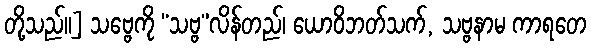
တို့သည်။] သဗ္ဗေကို “သဗ္ဗ”လိန်တည်၊ ယောဝိဘတ်သက်, သဗ္ဗနာမ ကာရတေ